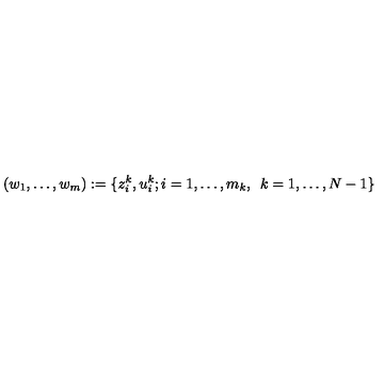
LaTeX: ( w _ { 1 } , \dots , w _ { m } ) : = \{ z _ { i } ^ { k } , u _ { i } ^ { k } ; i = 1 , \dots , m _ { k } , \enskip k = 1 , \dots , N - 1 \}